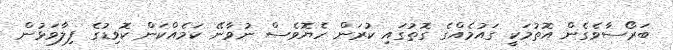
ބަރޯސާވެގެން އޮތުމަކީ ގައުމެއްގެ ގޮތުގައި ކުރަން ހެޔޮވެސް ނުވާނޭ ކަމެއްކަން ކޮވިޑުގެ ފިލާވަޅުން